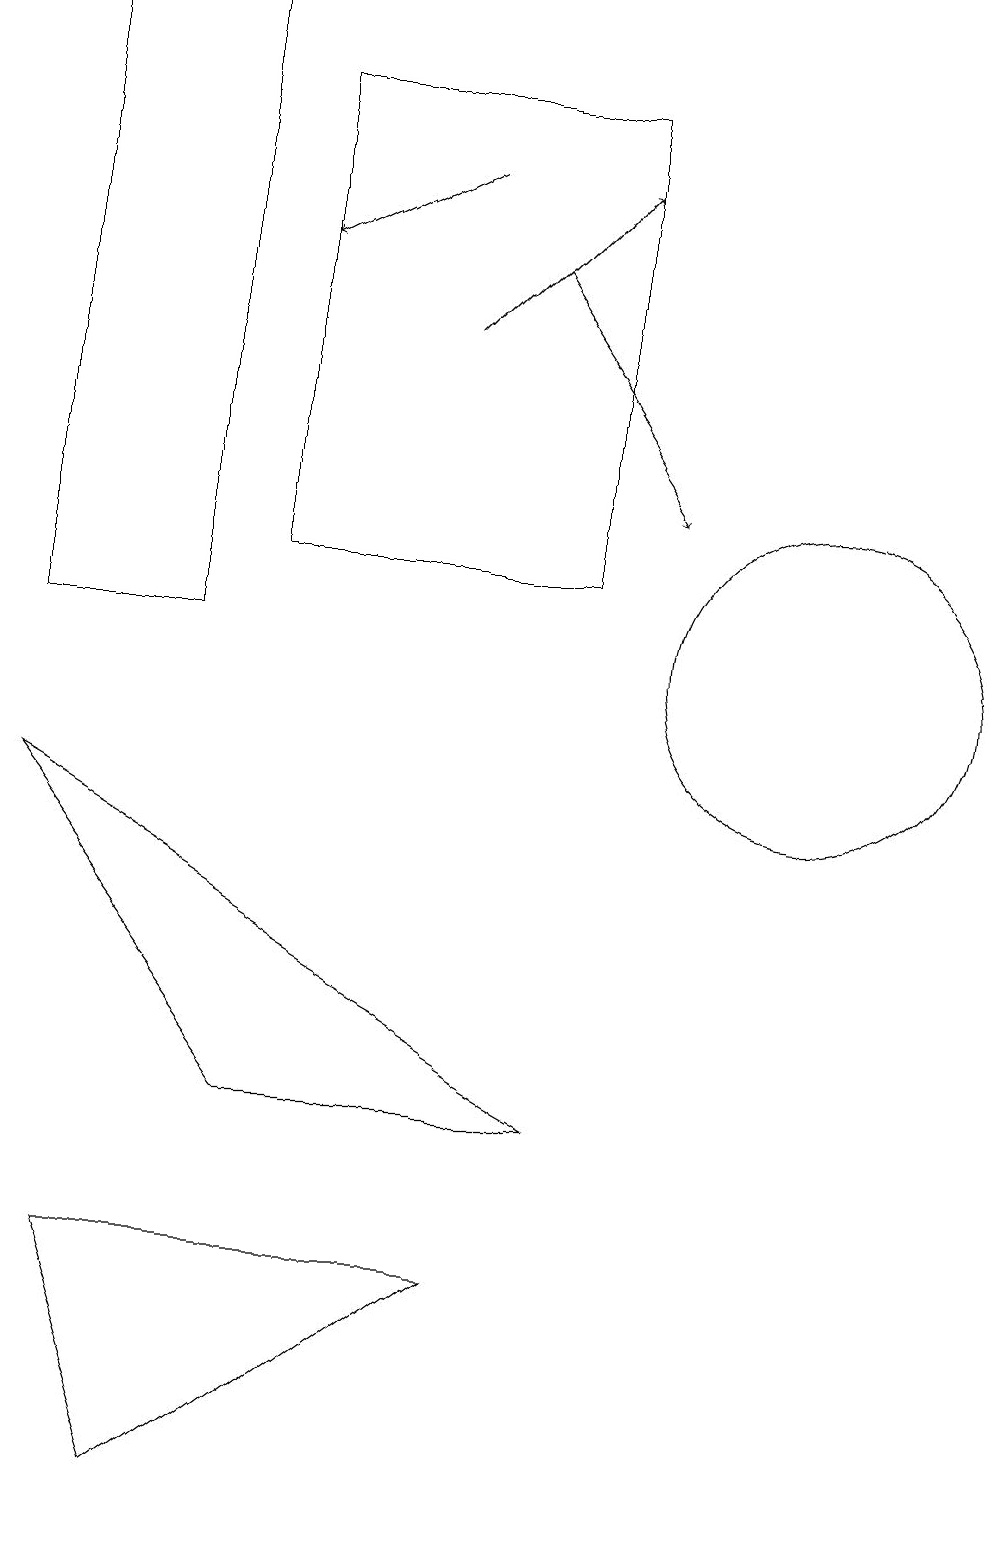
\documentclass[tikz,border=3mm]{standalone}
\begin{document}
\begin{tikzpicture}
\draw[->] (7,16) -- (9,13);
\draw (8,12) rectangle (4,18);
\draw[->] (6,17) -- (4,16);
\draw (2,3) -- (3,0) -- (7,3) -- cycle;
\draw (4,5) -- (1,9) -- (8,5) -- cycle;
\draw (1,19) rectangle (3,11);
\draw (11,11) circle (2);
\draw[->] (6,15) -- (8,17);
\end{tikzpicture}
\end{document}